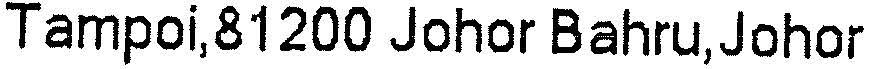
TAMPOI,81200 JOHOR BAHRU, JOHOR